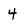
Character: 4